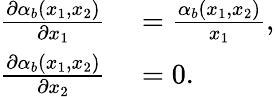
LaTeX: \begin{array}{rl}{\frac{\partial\alpha_{b}(x_{1},x_{2})}{\partial x_{1}}}&{{}=\frac{\alpha_{b}(x_{1},x_{2})}{x_{1}},}\\ {\frac{\partial\alpha_{b}(x_{1},x_{2})}{\partial x_{2}}}&{{}=0.}\end{array}